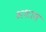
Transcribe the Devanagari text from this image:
अशास